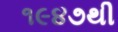
૧૯૪૭થી